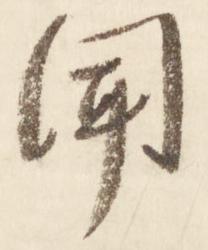
聞